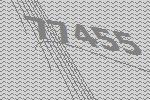
77455